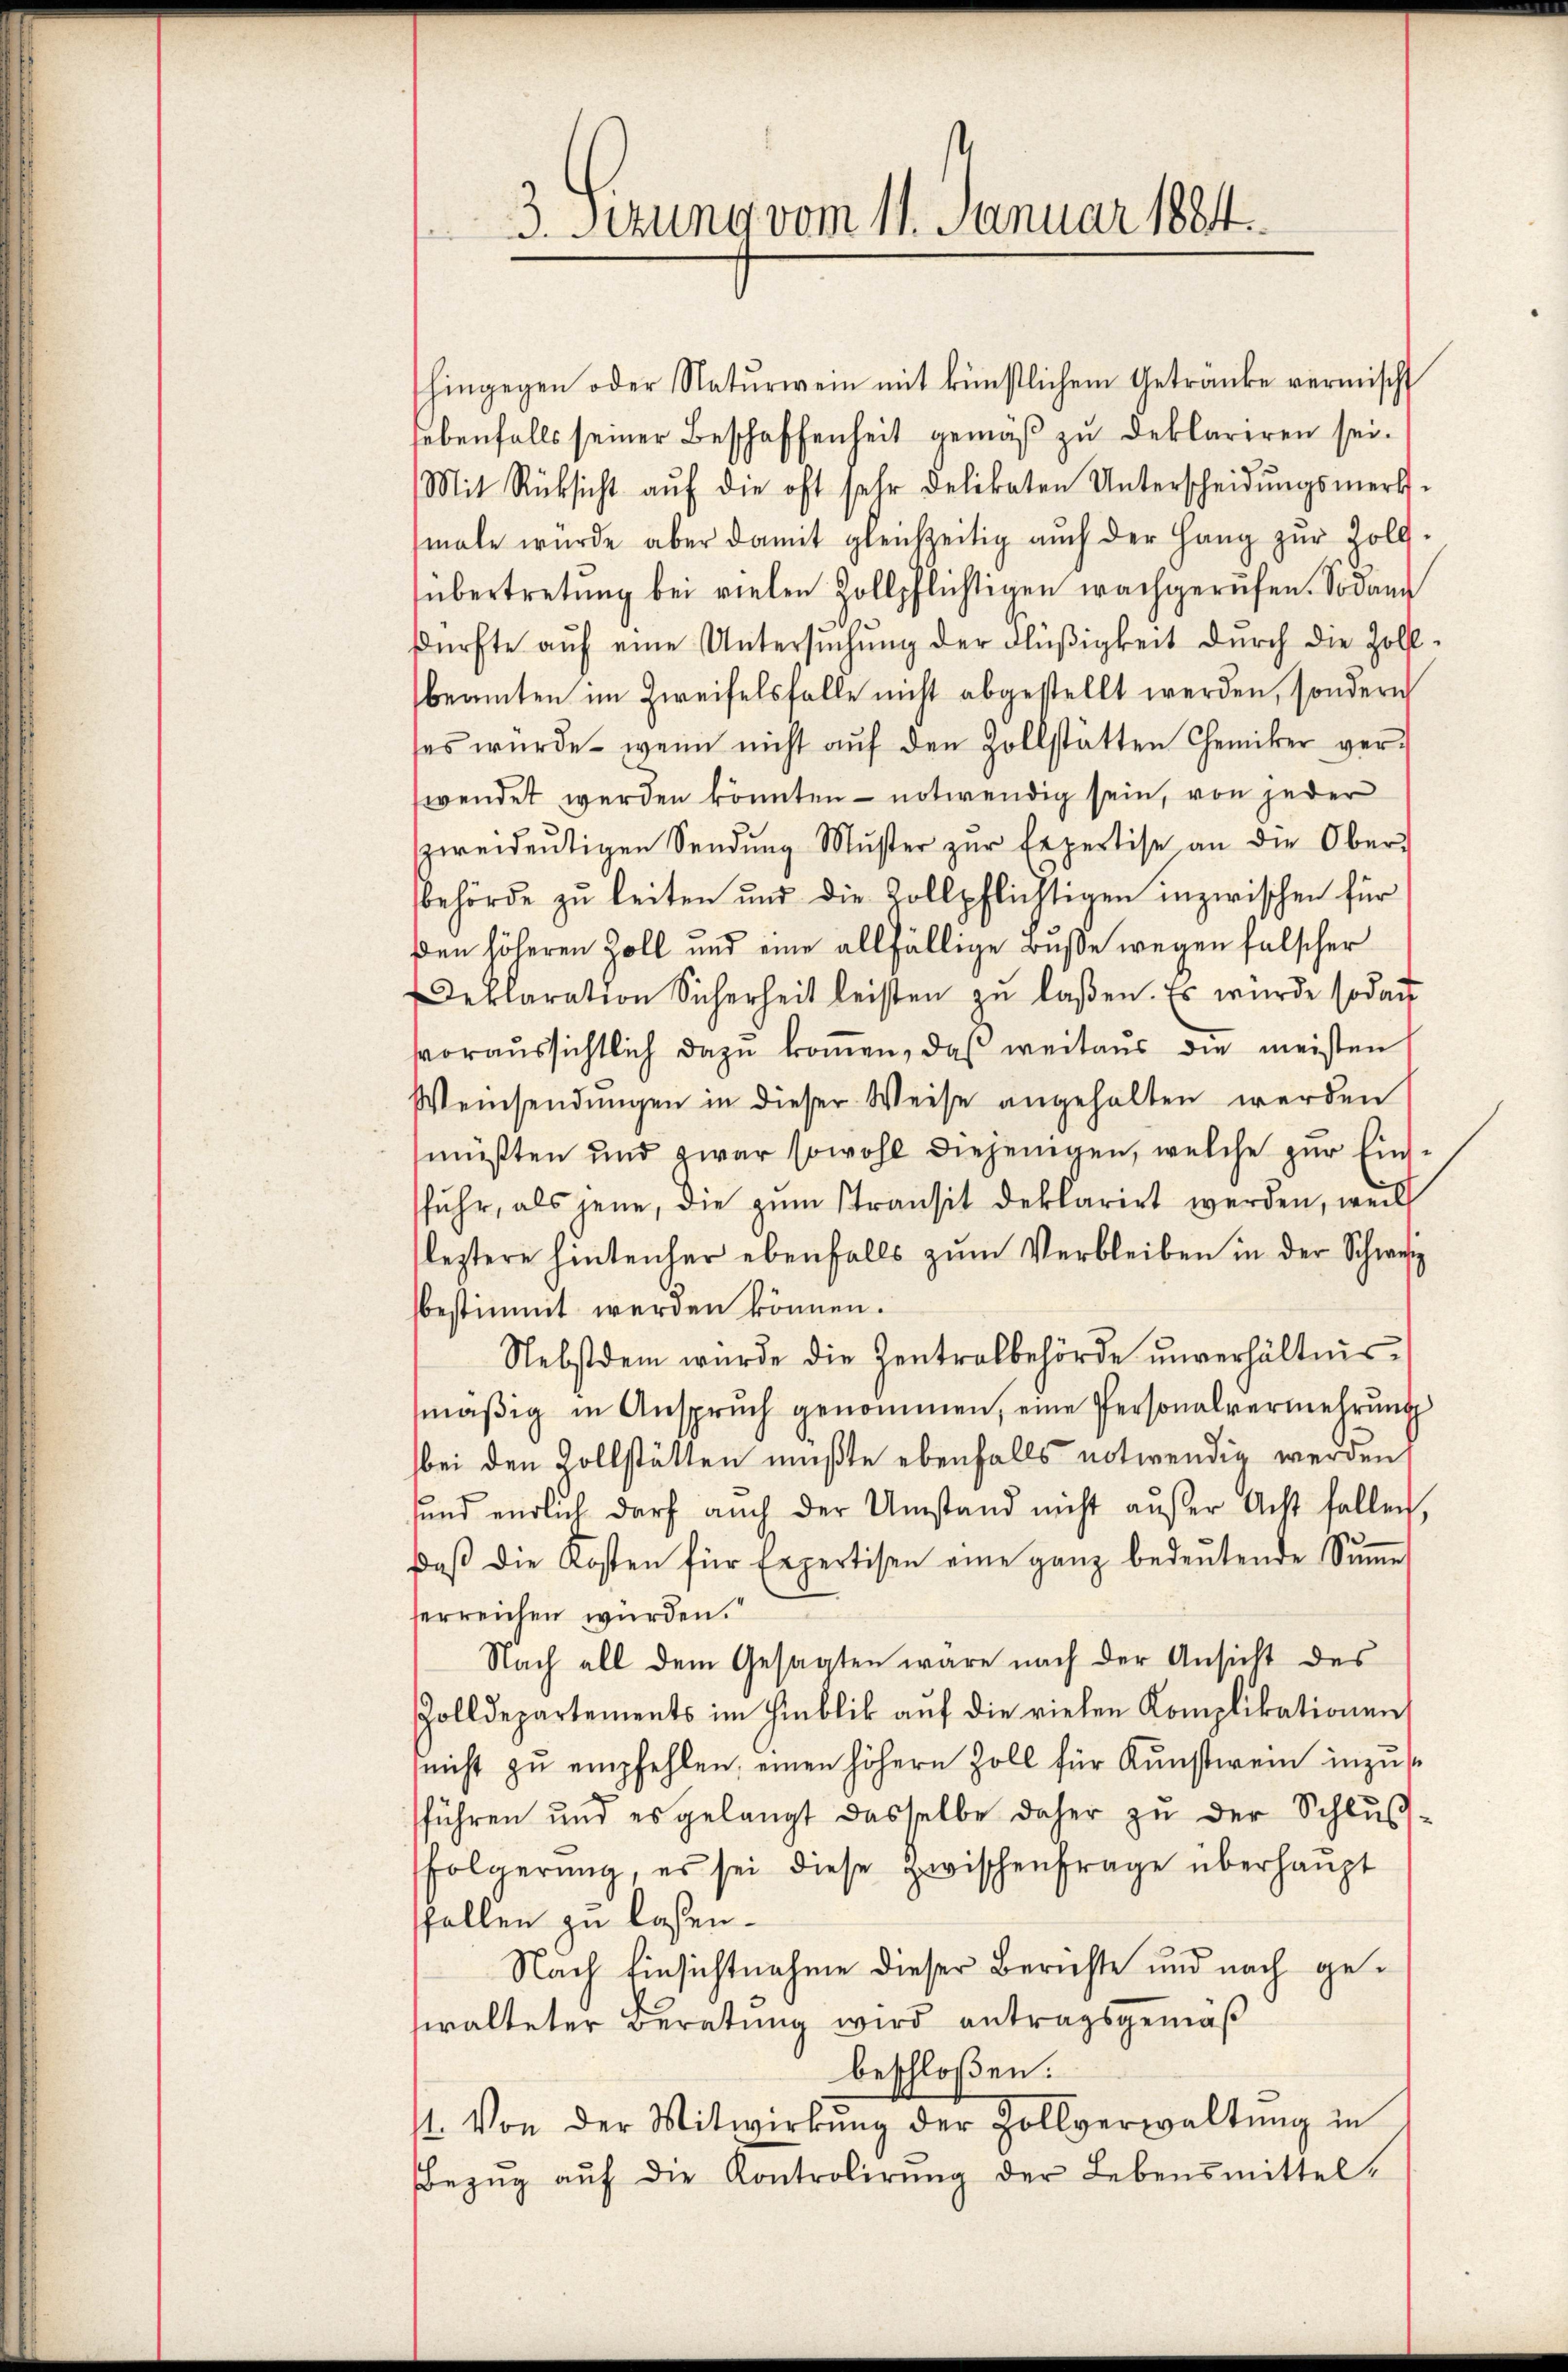
3. Sizung vom 11. Januar 1884

hingegen oder Natŭrwein mit künstlichem Getränke vermischt
hebenfalls seiner Beschaffenheit gemäß zu deklariren sei.
Mit Rücksicht auf die oft sehr delikaten Unterscheidungsmerk-
male würde aber damit gleichzeitig aŭch der Hang zŭr Zoll-
übertretung bei vielen Zollpflichtigen wachgerufen. Sodann
dürfte aŭf eine Untersŭchŭng der Flüßigkeit durch die Zoll-
beamten im Zweifelsfalle nicht abgestellt werden, sondern
es würde wenn nicht aŭf den Zollstätten Chemiker ver-
wendet werden könnten - notwendig sein, von jeder
zweideutigen Sendung Muster zŭr Expertise an die Oberbehörde zu leiten und die Vollpflichtigen inzwischen für
den höheren Zoll und eine allfällige Buße wegen falscher
Deklaration Sicherheit leisten zu laßen. Es wurde sodan
voraussichtlich dazu kommen, daß weitaus die meisten
Weinsendungen in dieser Weise angehalten werden
müßten und zwar sowohl diejenigen, welche zur Ein
fuhr, als jene, die zŭm Stransit deklarirt werden, weil
leztere hintenher ebenfalls zŭm Verbleiben in der Schweiz
bestimmt werden können.
Nebst dem würde die Zentralbehörde unverhältnis.
mäβig in Anspruch genommen, eine Personalvermehrung
bei den Zollstätten mußte ebenfalls notwendig werden,
sund endlich darf auch der Umstand nicht aŭβer Acht fallen,
daβ die Kosten für Expertisen eine ganz bedeŭtende Sŭṁe
serreichen würden.
Nach all dem Gesagten wäre nach der Ansicht des
Zolldepartements im Hinblik aŭf die vielen Komplikationen
nicht zŭ empfehlen, einen höhern Zoll für Kunstwein inzust
führen und es gelangt dasselbe daher zŭ der Schlŭβ
folgerung, es sei diese Zwischenfrage überhaupt
fallen zu laßen.
Nach Einsichtnahme dieser Berichte und nach gewalteter Beratung wird antragsgemäß
beschloßen:
st. Von der Mitwirkŭng der Zollverwaltŭng in
Bezŭg aŭf die Kontrolirŭng der Lebensmittel